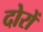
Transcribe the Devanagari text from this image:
दोरों